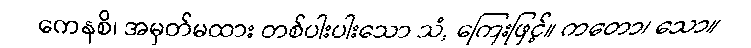
ကေနစိ၊ အမှတ်မထား တစ်ပါးပါးသော သံ, ကြေးဖြင့်။ ကတော၊ သော။